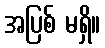
အပြစ် မရှိ။